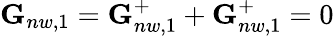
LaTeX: \begin{array}{r}{\textbf{G}_{nw,1}=\textbf{G}_{nw,1}^{+}+\textbf{G}_{nw,1}^{+}=0}\end{array}